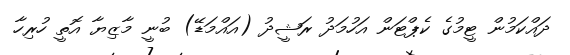
ދައްކަމުން ޓީމުގެ ކެޕްޓަން އަހުމަދު ރަޝީދު (އައްމަޑޭ) ބުނީ މާޒިޔާ އޮތީ ހުރިހާ